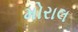
મોરાલ